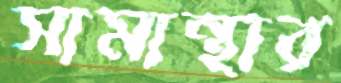
সামান্থার